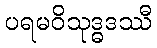
ပရမဝိသုဒ္ဓဒဿီ